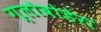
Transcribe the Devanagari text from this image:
ग्लोबोडेरा